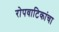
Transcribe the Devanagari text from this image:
रोपवाटिकांचा